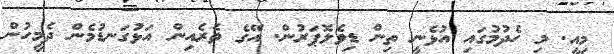
މިއީ. މި ހެދުމުގައި އުޅެނީ ތިން ޑިވެލޮޕަރުން. އޭގެ ތެރެއިން އަޅުގަނޑުމެން ދެމީހުން